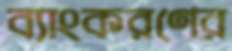
ব্যাংকরণের